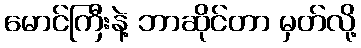
မောင်ကြီးနဲ့ ဘာဆိုင်တာ မှတ်လို့